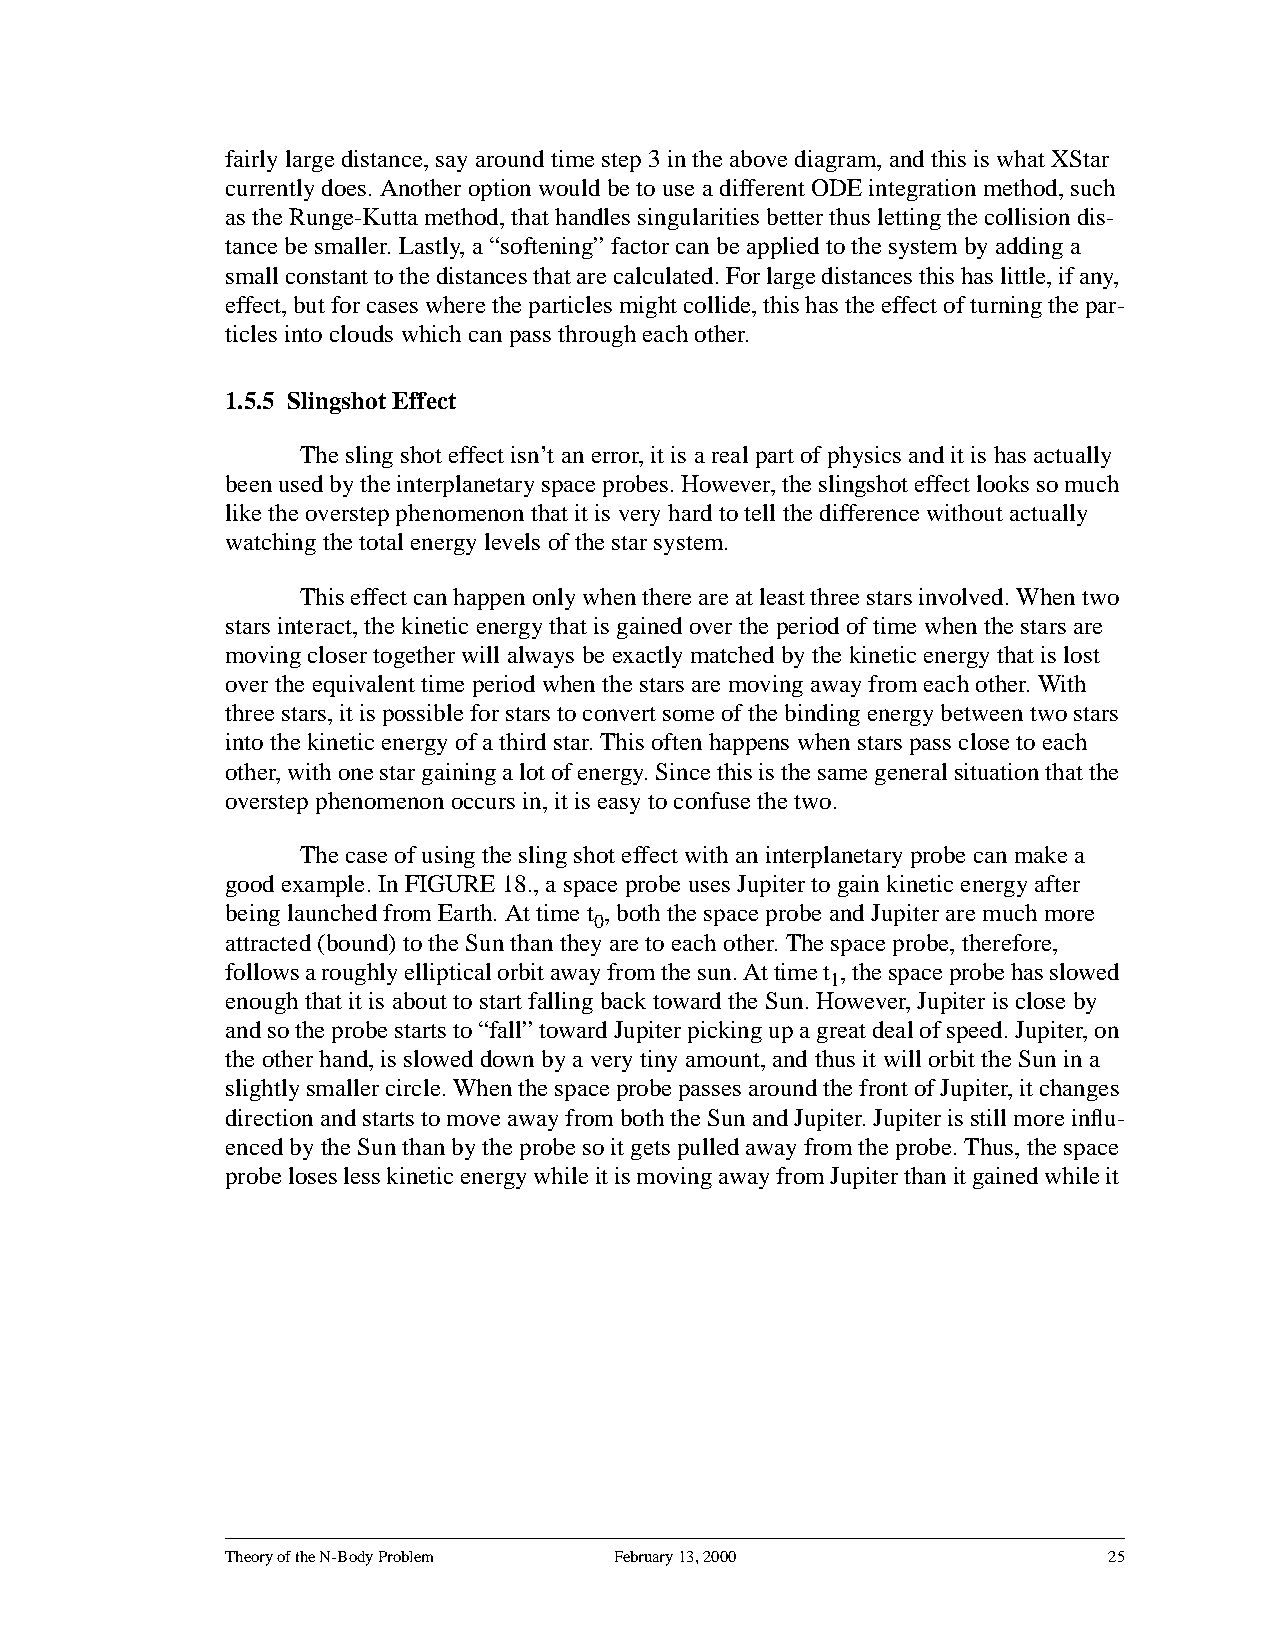
fairly large distance, say around time step 3 in the above diagram, and this is what XStar
 currently does. Another option would be to use a different ODE integration method, such
 as the Runge-Kutta method, that handles singularities better thus letting the collision dis-
 tance be smaller. Lastly, a “softening” factor can be applied to the system by adding a
 smallconstanttothedistancesthatarecalculated.Forlargedistancesthishaslittle,ifany,
 effect,butforcaseswheretheparticlesmightcollide,thishastheeffectofturningthepar-
 ticles into clouds which can pass through each other.
 1.5.5 Slingshot Effect
 The sling shot effect isn’t an error, it is a real part of physics and it is has actually
 beenusedbytheinterplanetaryspaceprobes.However,theslingshoteffectlookssomuch
 like the overstep phenomenon that it is very hard to tell the difference without actually
 watching the total energy levels of the star system.
 Thiseffectcanhappenonlywhenthereareatleastthreestarsinvolved.Whentwo
 stars interact, the kinetic energy that is gained over the period of time when the stars are
 moving closer together will always be exactly matched by the kinetic energy that is lost
 over the equivalent time period when the stars are moving away from each other. With
 threestars,itispossibleforstarstoconvertsomeofthebindingenergybetweentwostars
 into the kinetic energy of a third star. This often happens when stars pass close to each
 other,withonestargainingalotofenergy.Sincethisisthesamegeneralsituationthatthe
 overstep phenomenon occurs in, it is easy to confuse the two.
 The case of using the sling shot effect with an interplanetary probe can make a
 good example. In FIGURE 18., a space probe uses Jupiter to gain kinetic energy after
 being launched from Earth. At time t , both the space probe and Jupiter are much more
 0
 attracted (bound) to the Sun than they are to each other. The space probe, therefore,
 followsaroughlyellipticalorbitawayfromthesun.Attimet ,thespaceprobehasslowed
 1
 enough that it is about to start falling back toward the Sun. However, Jupiter is close by
 andsotheprobestartsto“fall”towardJupiterpickingupagreatdealofspeed.Jupiter,on
 the other hand, is slowed down by a very tiny amount, and thus it will orbit the Sun in a
 slightlysmallercircle.WhenthespaceprobepassesaroundthefrontofJupiter,itchanges
 directionandstartstomoveawayfromboththeSunandJupiter.Jupiterisstillmoreinflu-
 encedbytheSunthanbytheprobesoitgetspulledawayfromtheprobe.Thus,thespace
 probeloseslesskineticenergywhileitismovingawayfromJupiterthanitgainedwhileit
 Theory of the N-Body Problem February 13, 2000            25